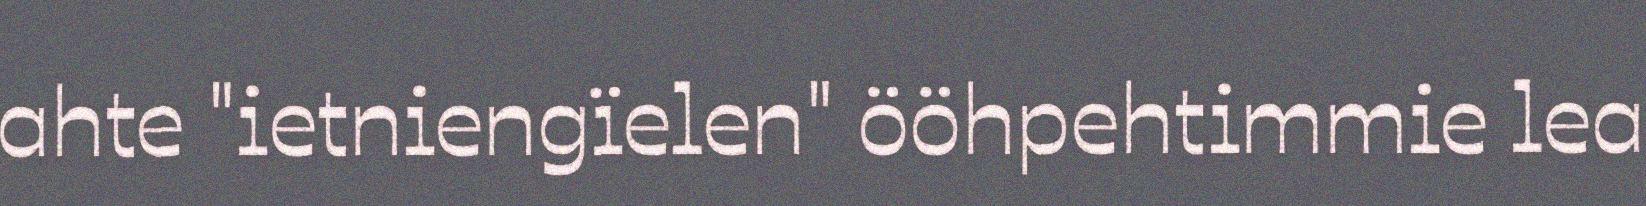
ahte "ietniengïelen" ööhpehtimmie lea